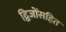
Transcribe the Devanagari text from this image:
द्विजोंसहित